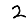
Digit: 2